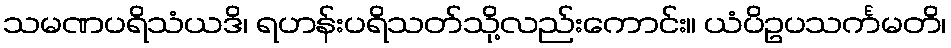
သမဏပရိသံယဒိ၊ ရဟန်းပရိသတ်သို့လည်းကောင်း။ ယံပိဥပသင်္ကမတိ၊